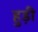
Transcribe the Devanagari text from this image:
हुड़ी